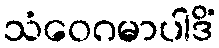
သံဝေဂမာပါဒိံ